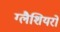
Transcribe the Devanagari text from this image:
ग्लैशियरों